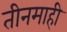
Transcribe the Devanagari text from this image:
तीनमाही